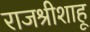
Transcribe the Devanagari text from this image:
राजश्रीशाहू